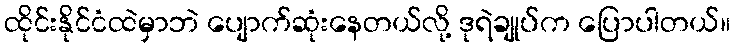
ထိုင်းနိုင်ငံထဲမှာဘဲ ပျောက်ဆုံးနေတယ်လို့ ဒုရဲချုပ်က ပြောပါတယ်။